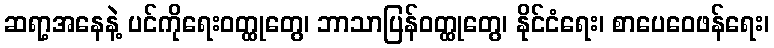
ဆရာ့အနေနဲ့ ပင်ကိုရေးဝတ္ထုတွေ၊ ဘာသာပြန်ဝတ္ထုတွေ၊ နိုင်ငံရေး၊ စာပေဝေဖန်ရေး၊